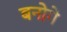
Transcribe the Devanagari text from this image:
बनोगे